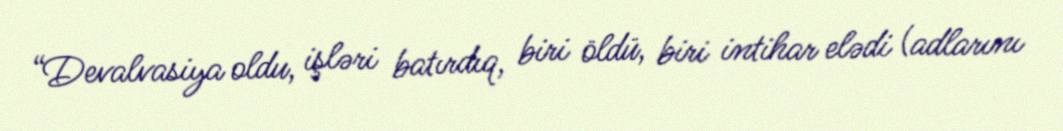
“Devalvasiya oldu, işləri batırdıq, biri öldü, biri intihar elədi (adlarını